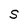
Character: S